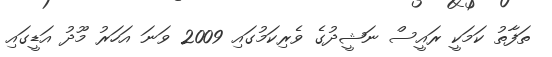
ތަފާތު ކަމަކީ ރައީސް ނަޝީދުގެ ވެރިކަމުގައި 2009 ވަނަ އަހަރު މޫދު އަޑީގައި